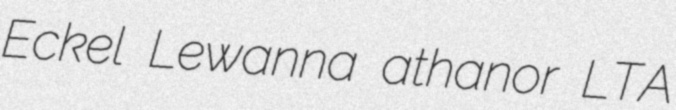
Eckel Lewanna athanor LTA